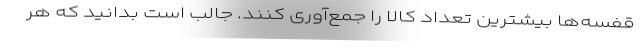
قفسه‌ها بیشترین تعداد کالا را جمع‌آوری کنند. جالب است بدانید که هر